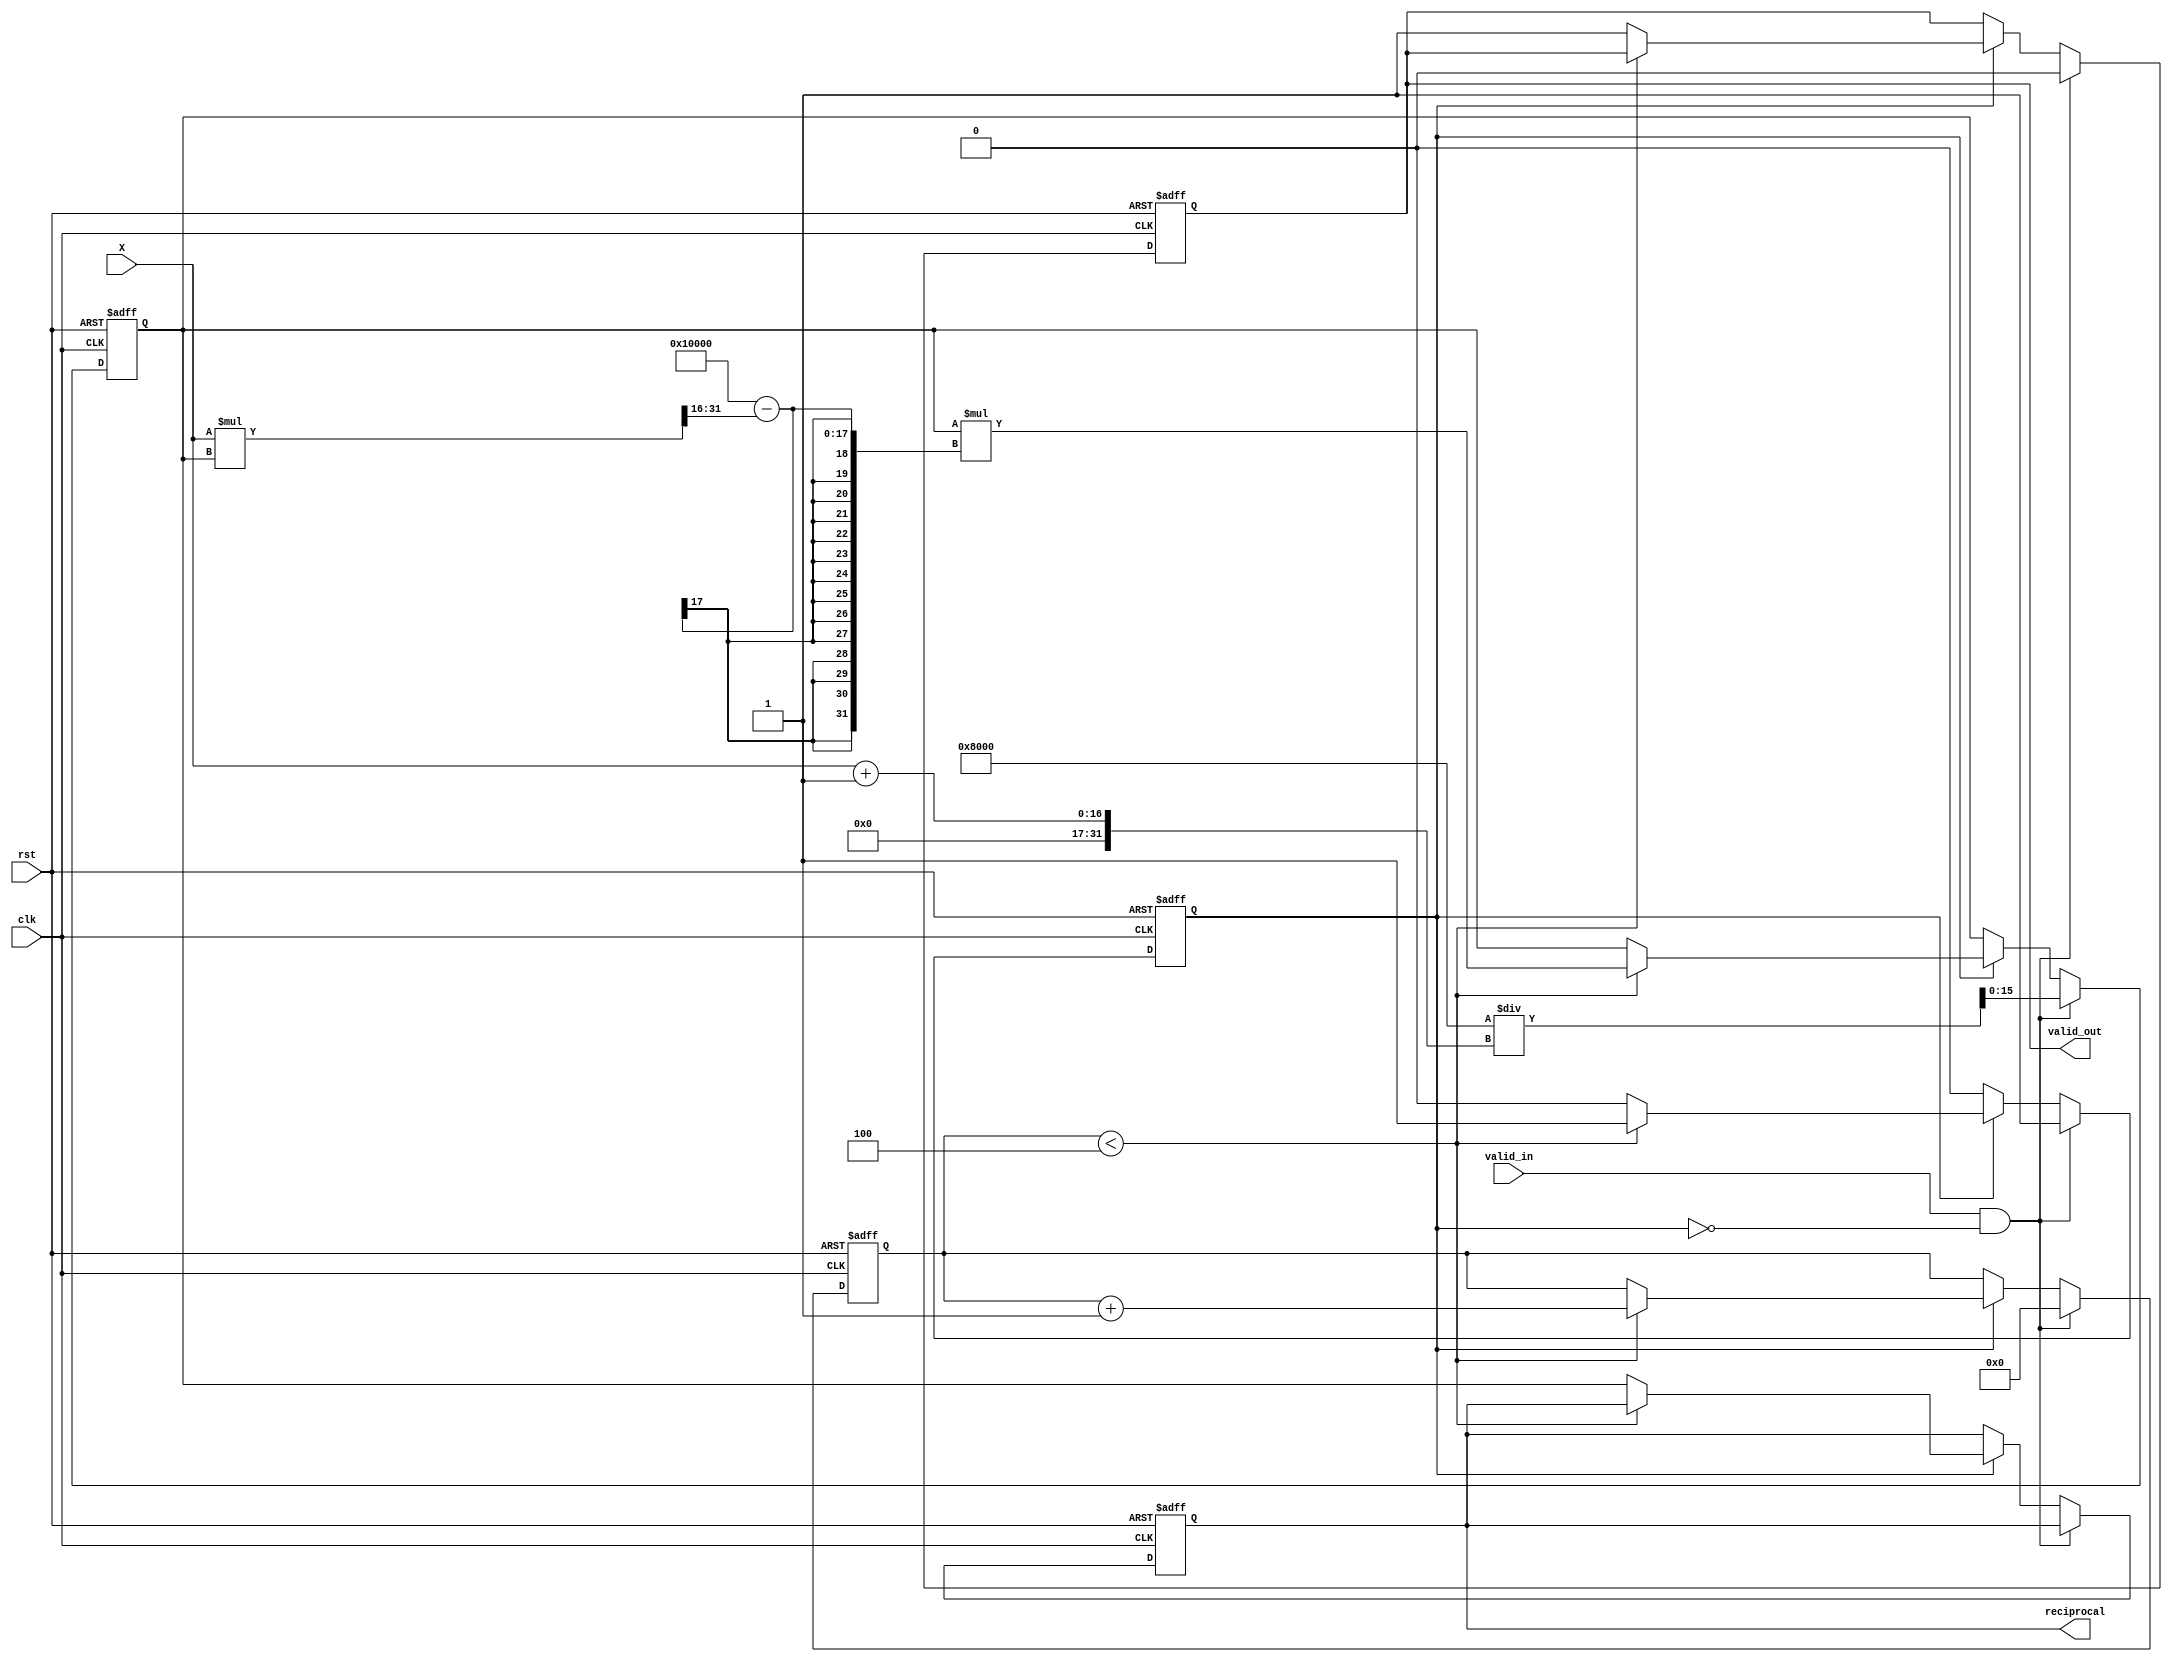
module BitwiseReciprocal #(
    parameter WIDTH = 16, // Bit-width for input and output
    parameter ITERATIONS = 4 // Number of iterations for refinement
)(
    input wire clk, // Clock signal
    input wire rst, // Reset signal
    input wire valid_in, // Input valid signal
    input wire [WIDTH-1:0] X, // Input value
    output reg valid_out, // Output valid signal
    output reg [WIDTH-1:0] reciprocal // Output reciprocal
);

    reg [WIDTH-1:0] estimate; // Current estimate of the reciprocal
    reg [3:0] count; // Iteration counter
    reg processing; // Processing flag

    // Initial estimate based on bit manipulation (for simplicity)
    function [WIDTH-1:0] initial_estimate(input [WIDTH-1:0] x);
        begin
            initial_estimate = (1 << (WIDTH - 1)) / (x + 1); // Simple initial estimate
        end
    endfunction

    // Main process
    always @(posedge clk or posedge rst) begin
        if (rst) begin
            reciprocal <= 0;
            valid_out <= 0;
            estimate <= 0;
            count <= 0;
            processing <= 0;
        end else begin
            if (valid_in && !processing) begin
                // Start processing
                estimate <= initial_estimate(X);
                count <= 0;
                processing <= 1;
                valid_out <= 0;
            end else if (processing) begin
                if (count < ITERATIONS) begin
                    // Newton-Raphson iteration: estimate = estimate * (2 - X * estimate)
                    estimate <= estimate * (2**WIDTH - (X * estimate >> WIDTH));
                    count <= count + 1;
                end else begin
                    // Finished processing
                    reciprocal <= estimate;
                    valid_out <= 1;
                    processing <= 0;
                end
            end
        end
    end

endmodule